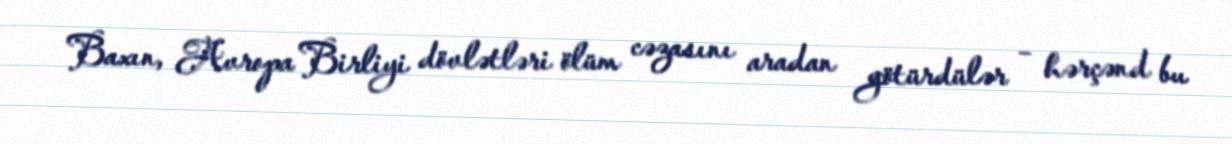
Baxın, Avropa Birliyi dövlətləri ölüm cəzasını aradan götürdülər – hərçənd bu